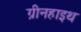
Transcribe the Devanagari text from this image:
ग्रीनहाइथ